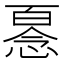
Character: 𢞘